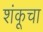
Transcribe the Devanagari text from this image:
शंकूचा